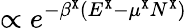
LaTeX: \propto e^{-\beta^{\tt X}(E^{\tt X}-\mu^{\tt X}N^{\tt X})}